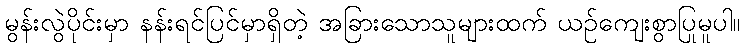
မွန်းလွဲပိုင်းမှာ နန်းရင်ပြင်မှာရှိတဲ့ အခြားသောသူများထက် ယဉ်ကျေးစွာပြုမူပါ။